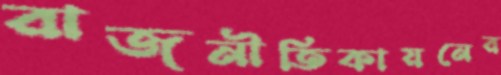
রাজনীতিকায়নের